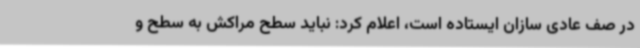
در صف عادی سازان ایستاده است، اعلام کرد: نباید سطح مراکش به سطح و